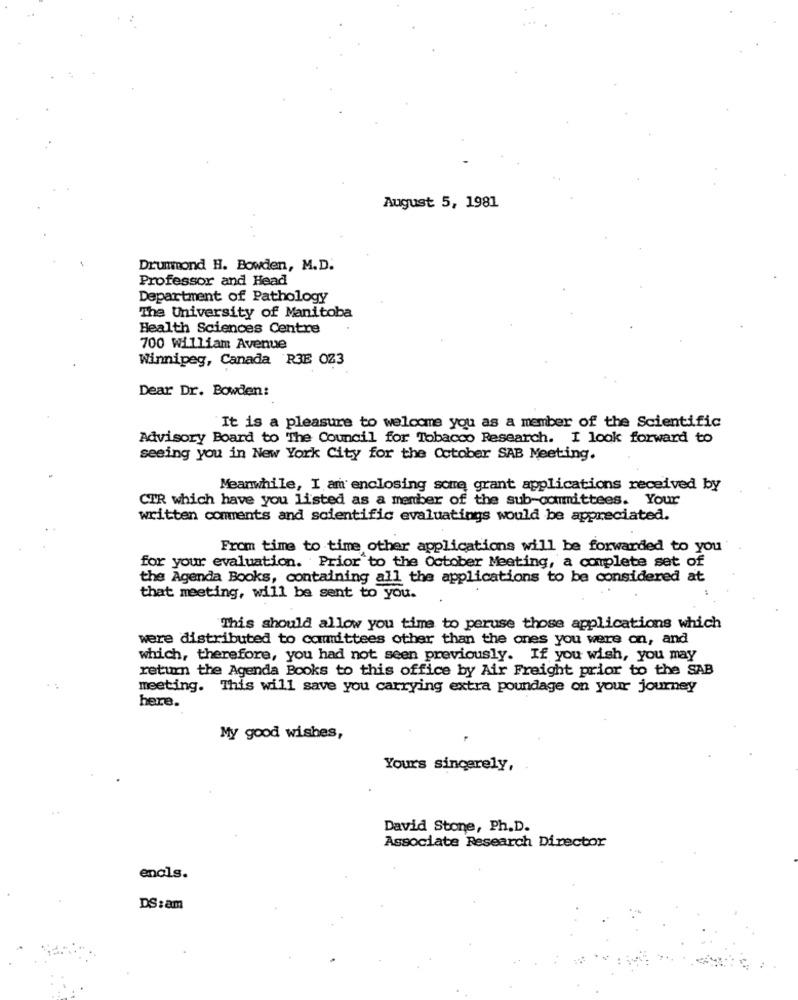
August 5, 1981
Drummond H. Bowden, M.D.
Professor and Head
Department of Pathology
The University of Manitoba
Health Sciences Centre
700 william Avenue
Winnipeg, Canada R3E 023
Dear Dr. Bowden:
It is a pleasure to welcome you as a member of the Scientific
Advisory Board to The Council for Tobacco Research. I look forward to
seeing you in New York City for the Cotober SAB Meeting.
Meanwhile, I am enclosing some grant applications received by
CTR which have you listed as a member of the sub-committees. Your
written comments and scientific evaluatings would be appreciated.
From time to time other applications will be forwarded to you'
for your evaluation. Prior to the October Meeting, a complete set of
the Agenda Books, containing all the applications to be considered at
that meeting, will be sent to you.
This should allow you time to peruse those applications which
were distributed to committees other than the ones you were on, and
which, therefore, you had not seen previously. If you wish, you may
return the Agenda Books to this office by Air Freight prior to the SAB
meeting. This will save you carrying extra poundage on your journey
here.
My good wishes,
Yours sincerely,
David Stone, Ph.D.
Associate Research Director
encls.
DS:am